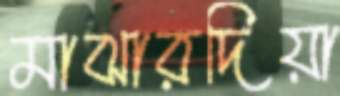
মাঝারদিয়া